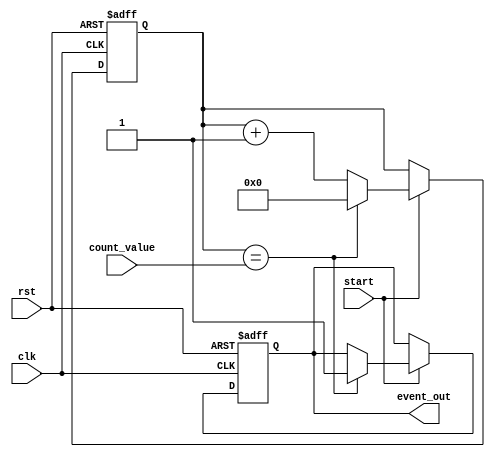
module EventTimer (
    input clk,           // Clock input
    input rst,           // Reset input
    input start,         // Start event trigger input
    input [31:0] count_value, // Count value for event trigger
    output reg event_out  // Event trigger output
);

reg [31:0] counter;     // Main counter for counting

always @ (posedge clk or posedge rst) begin
    if (rst) begin
        counter <= 32'h0;   // Reset the counter
        event_out <= 1'b0;  // Reset event output
    end else begin
        if (start) begin
            counter <= counter + 1; // Increment counter on start event
            if (counter == count_value) begin
                event_out <= 1'b1;  // Trigger event when count value is reached
                counter <= 32'h0;   // Reset counter
            end
        end
    end
end

endmodule